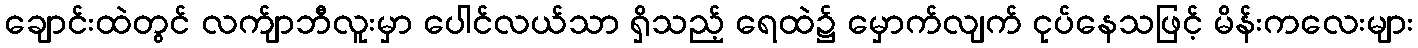
ချောင်းထဲတွင် လက်ျာဘီလူးမှာ ပေါင်လယ်သာ ရှိသည့် ရေထဲ၌ မှောက်လျက် ငုပ်နေသဖြင့် မိန်းကလေးများ